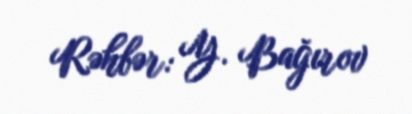
Rəhbər: Y. Bağırov